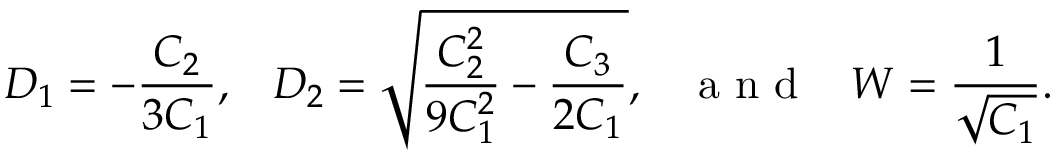
D _ { 1 } = - \frac { C _ { 2 } } { 3 C _ { 1 } } , \; \; \; D _ { 2 } = \sqrt { \frac { C _ { 2 } ^ { 2 } } { 9 C _ { 1 } ^ { 2 } } - \frac { C _ { 3 } } { 2 C _ { 1 } } } , \; \; \; \mathrm { ~ a ~ n ~ d ~ } \; \; \; W = \frac { 1 } { \sqrt { C _ { 1 } } } .